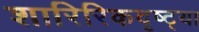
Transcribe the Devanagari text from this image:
शारिरिकदृष्ट्या